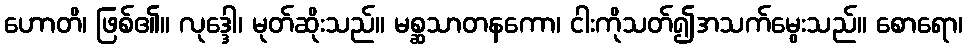
ဟောတိ၊ ဖြစ်၏။ လုဒ္ဒေါ၊ မုတ်ဆိုးသည်။ မစ္ဆသာတနကော၊ ငါးကိုသတ်၍အသက်မွေးသည်။ စောရော၊